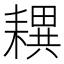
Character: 𦔜